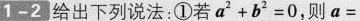
1-2给出下列说法：①若$$a ^ { 2 } + b ^ { 2 } = 0$$，则$$a =